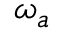
\boldsymbol { \omega } _ { a }